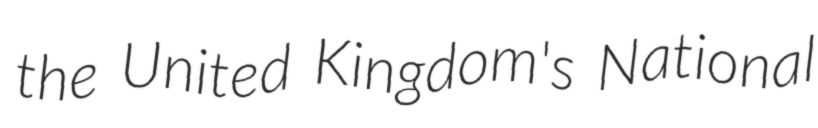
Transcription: the United Kingdom's National